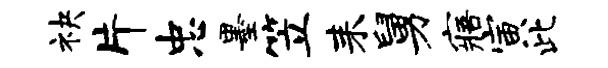
袂片忠墨笠耒舅寤寅此